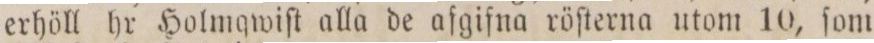
erhöll hr Holmqwiſt alla de afgifna röſterna utom 10, ſom